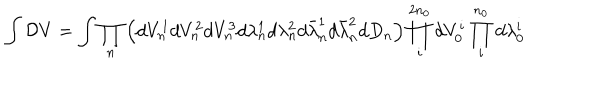
LaTeX: \int { \cal D } V = \int \prod _ { n } \left( d V _ { n } ^ { 1 } d V _ { n } ^ { 2 } d V _ { n } ^ { 3 } d \lambda _ { n } ^ { 1 } d \lambda _ { n } ^ { 2 } d \bar { \lambda } _ { n } ^ { 1 } d \bar { \lambda } _ { n } ^ { 2 } d D _ { n } \right) \prod _ { i } ^ { 2 n _ { 0 } } d V _ { 0 } ^ { i } \prod _ { i } ^ { n _ { 0 } } d \lambda _ { 0 } ^ { i }